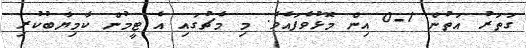
ގަތަރު އަތުން 1-0 އިން މޮޅުވެފައެވެ. މި މެޗުގައި އެ ޓީމުން ކާމިޔާބުކުރި